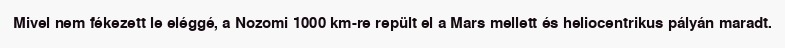
Mivel nem fékezett le eléggé, a Nozomi 1000 km-re repült el a Mars mellett és heliocentrikus pályán maradt.